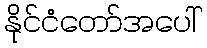
နိုင်ငံတော်အပေါ်